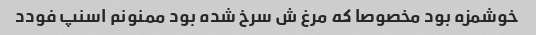
خوشمزه بود مخصوصا که مرغ ش سرخ شده بود ممنونم اسنپ فودد